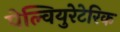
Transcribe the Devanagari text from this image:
पेल्वियुरेटेरिक